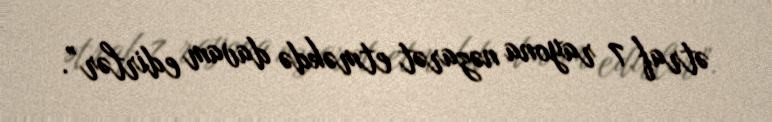
ətraf 7 rayona nəzarət etməkdə davam edirlər”.